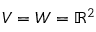
V = W = \mathbb { R } ^ { 2 }